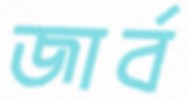
জার্ব